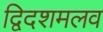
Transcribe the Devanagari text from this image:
द्विदशमलव